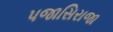
પજાસિરાજા